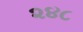
૨૪૮